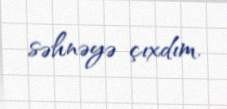
səhnəyə çıxdım.